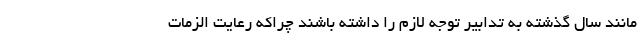
مانند سال گذشته به تدابیر توجه لازم را داشته باشند چراکه رعایت الزمات